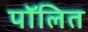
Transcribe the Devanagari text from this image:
पॉलित